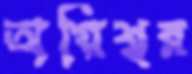
অগ্নিশ্বর